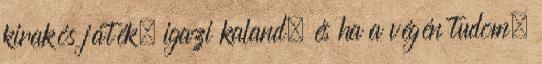
kirakós játék, igazi kaland, és ha a végén tudom,